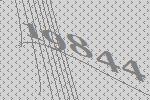
19844